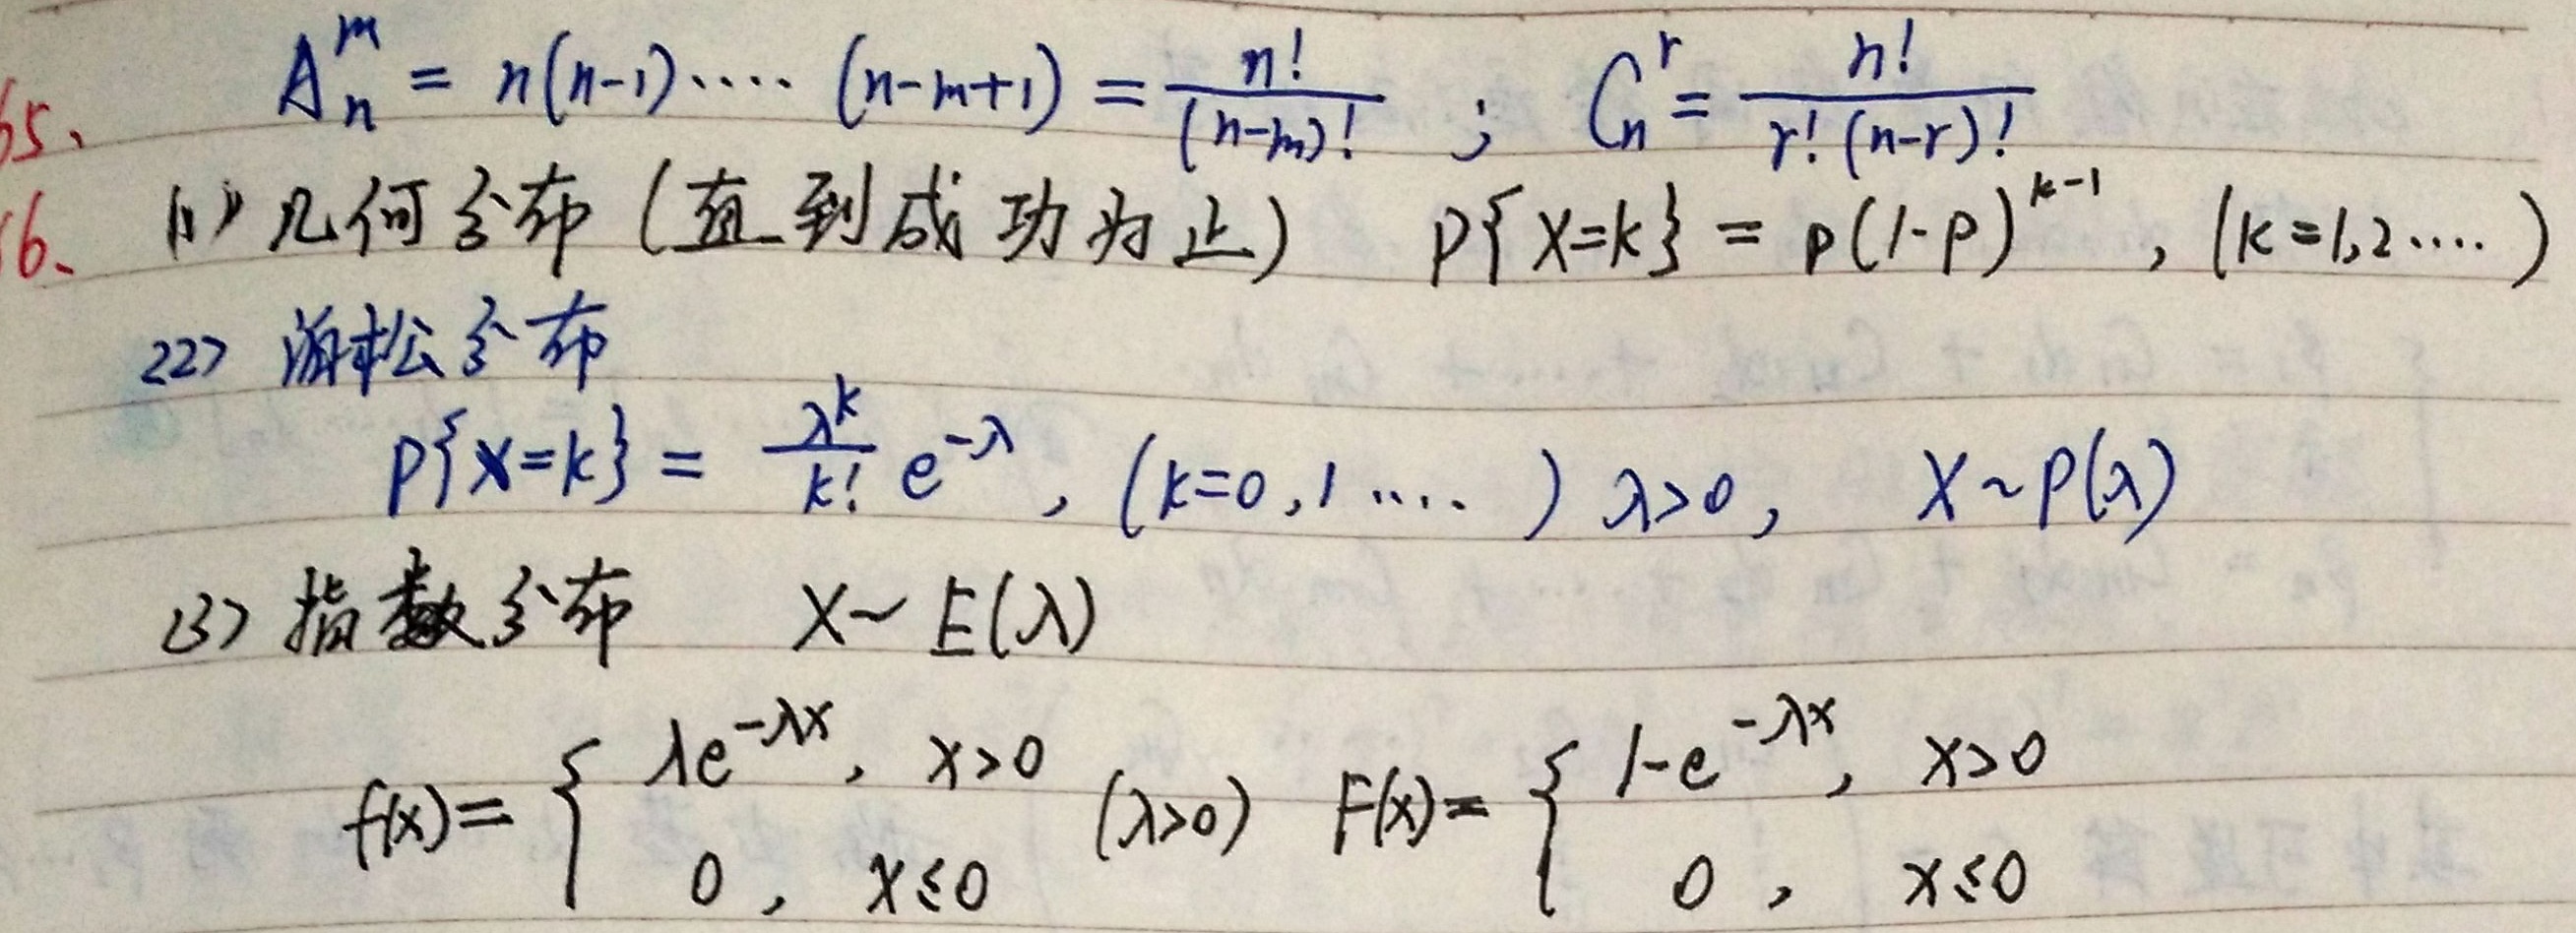
5、\(A_{n}^{m}=n(n - 1)\cdots(n - m + 1)=\frac{n!}{(n - m)!}\)；\(C_{n}^{r}=\frac{n!}{r!(n - r)!}\)
6、(1) 几何分布 (直到成功为止) \(P\{X = k\}=p(1 - p)^{k - 1},(k = 1,2\cdots)\)
(2) 泊松分布
\(P\{X = k\}=\frac{\lambda^{k}}{k!}e^{-\lambda},(k = 0,1\cdots)\lambda>0,X\sim P(\lambda)\)
(3) 指数分布 \(X\sim E(\lambda)\)
\(f(x)=\begin{cases}\lambda e^{-\lambda x},&x > 0\\0,&x\leq0\end{cases}(\lambda>0)\) \(F(x)=\begin{cases}1 - e^{-\lambda x},&x > 0\\0,&x\leq0\end{cases}\)